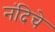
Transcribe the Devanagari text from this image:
नंदिचे